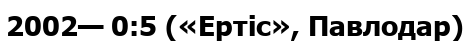
2002— 0:5 («Ертіс», Павлодар)